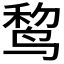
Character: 𱊃